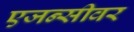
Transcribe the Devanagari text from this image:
एजन्सीवर